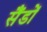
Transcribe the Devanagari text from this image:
सैंडों